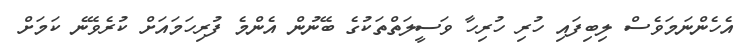
އެހެންނަމަވެސް ލިބިފައި ހުރި ހުރިހާ ވަސީލަތްތަކުގެ ބޭނުން އެންމެ ފުރިހަމައަށް ކުރެވޭނެ ކަމަށް